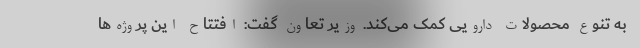
به تنوع محصولات دارویی کمک می‌کند. وزیر تعاون گفت: افتتاح این پروژه‌ها